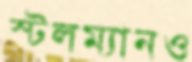
স্টলম্যানও